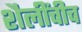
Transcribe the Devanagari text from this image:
शैलींचीच